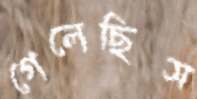
গেলেছিস